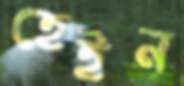
হেইন